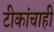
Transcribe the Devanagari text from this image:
टीकांचाही